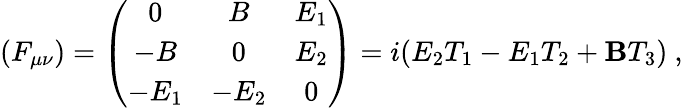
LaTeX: (F_{\mu\nu})=\left(\begin{array}{ccc}{{0}}&{{B}}&{{E_{1}}}\\ {{-B}}&{{0}}&{{E_{2}}}\\ {{-E_{1}}}&{{-E_{2}}}&{{0}}\end{array}\right)=i(E_{2}T_{1}-E_{1}T_{2}+\mathbf{B}T_{3})\ ,